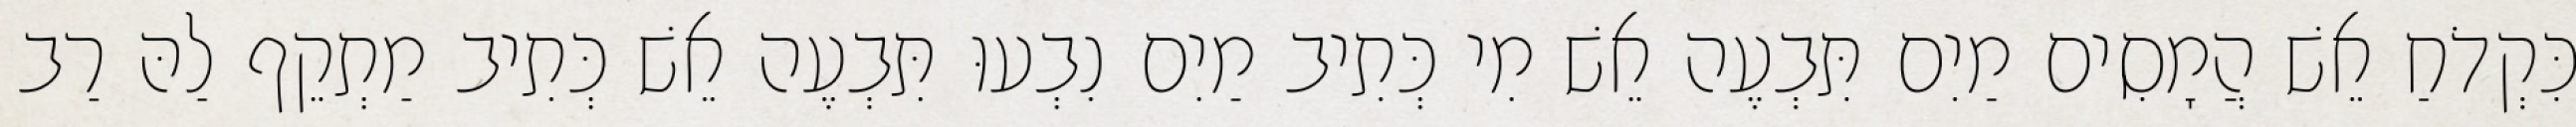
כִּקְדֹחַ אֵשׁ הֲמָסִים מַיִם תִּבְעֶה אֵשׁ מִי כְּתִיב מַיִם נִבְעוּ תִּבְעֶה אֵשׁ כְּתִיב מַתְקֵף לַהּ רַב